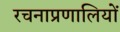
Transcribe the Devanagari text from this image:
रचनाप्रणालियों